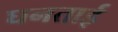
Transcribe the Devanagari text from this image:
घनताई